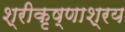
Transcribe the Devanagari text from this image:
श्रीकृष्णाश्रय